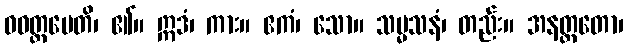
ဝဝတ္ထပေတိ၊ ၏။ ဣဒံ၊ ကား။ ဧကံ၊ သော။ သမ္မသနံ၊ တည်း။ အနတ္တတော၊